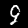
Label: 9